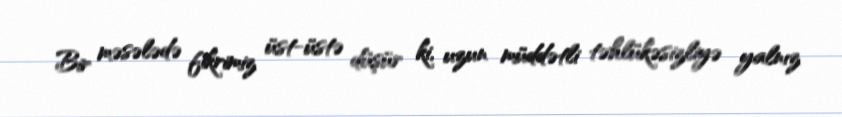
Bir məsələdə fikrimiz üst-üstə düşür ki, uzun müddətli təhlükəsizliyə yalnız